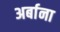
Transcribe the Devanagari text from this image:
अर्बाना